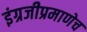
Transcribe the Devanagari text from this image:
इंग्रजीप्रमाणेच